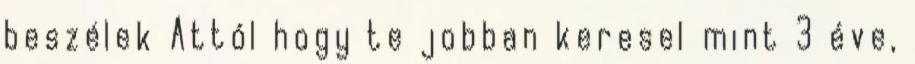
beszélek Attól hogy te jobban keresel mint 3 éve,